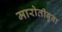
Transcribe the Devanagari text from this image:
मारोतीबुवा